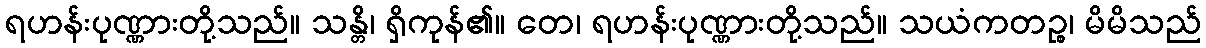
ရဟန်းပုဏ္ဏားတို့သည်။ သန္တိ၊ ရှိကုန်၏။ တေ၊ ရဟန်းပုဏ္ဏားတို့သည်။ သယံကတဉ္စ၊ မိမိသည်